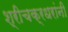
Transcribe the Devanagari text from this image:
श्रीचक्रधरांनी